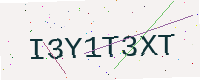
Text: I3Y1T3XT